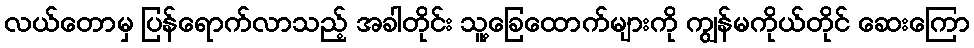
လယ်တောမှ ပြန်ရောက်လာသည့် အခါတိုင်း သူ့ခြေထောက်များကို ကျွန်မကိုယ်တိုင် ဆေးကြော